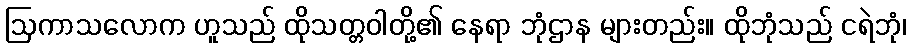
ဩကာသလောက ဟူသည် ထိုသတ္တဝါတို့၏ နေရာ ဘုံဌာန များတည်း။ ထိုဘုံသည် ငရဲဘုံ၊